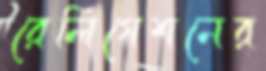
রেলিগেশনের